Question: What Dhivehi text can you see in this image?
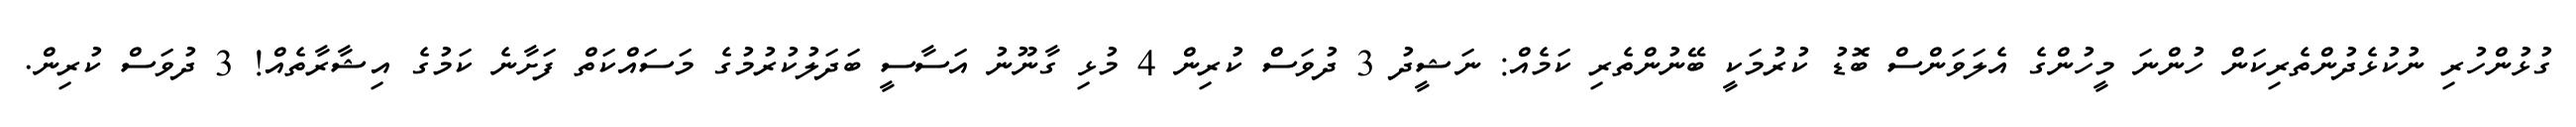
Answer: ގުޅުންހުރި ނުކުޅެދުންތެރިކަން ހުންނަ މީހުންގެ އެލަވަންސް ބޮޑު ކުރުމަކީ ބޭނުންތެރި ކަމެއް: ނަޝީދު 3 ދުވަސް ކުރިން 4 މުޅި ގާނޫނު އަސާސީ ބަދަލުކުރުމުގެ މަސައްކަތް ފަށާނެ ކަމުގެ އިޝާރާތެއް! 3 ދުވަސް ކުރިން.